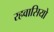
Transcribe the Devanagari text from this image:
रहवासियो